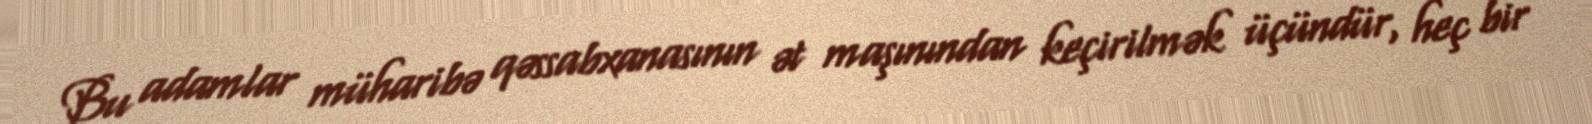
Bu adamlar müharibə qəssabxanasının ət maşınından keçirilmək üçündür, heç bir